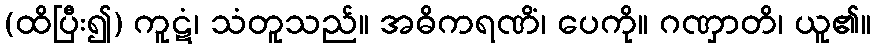
(ထိပြီး၍) ကူဋံ၊ သံတူသည်။ အဓိကရဏိံ၊ ပေကို။ ဂဏှာတိ၊ ယူ၏။